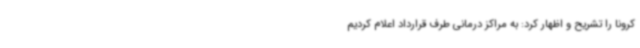
کرونا را تشریح و اظهار کرد: به مراکز درمانی طرف قرارداد اعلام کردیم